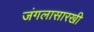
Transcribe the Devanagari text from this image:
जंगलासारखी